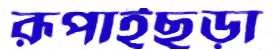
রূপাইছড়া